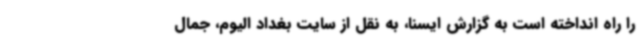
را راه انداخته است به گزارش ایسنا، به نقل از سایت بغداد الیوم، جمال